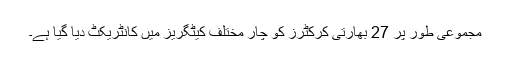
مجموعی طور پر 27 بھارتی کرکٹرز کو چار مختلف کیٹگریز میں کانٹریکٹ دیا گیا ہے۔